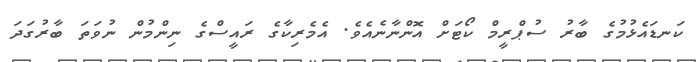
ކަނޑައެޅުމުގެ ބާރު ސުޕްރީމް ކޯޓަށް އޮންނާނެއެވެ. އެމެރިކާގެ ރައީސްގެ ނިންމުން ނުވަތަ ބާރުގަދަ